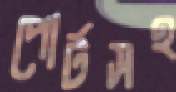
পোর্টসহ